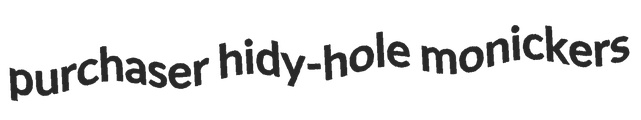
purchaser hidy-hole monickers